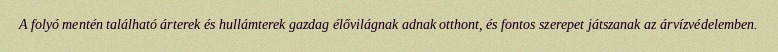
A folyó mentén található árterek és hullámterek gazdag élővilágnak adnak otthont, és fontos szerepet játszanak az árvízvédelemben.